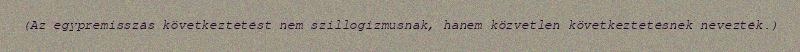
(Az egypremisszás következtetést nem szillogizmusnak, hanem közvetlen következtetésnek nevezték.)